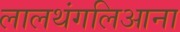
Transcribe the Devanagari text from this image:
लालथंगलिआना